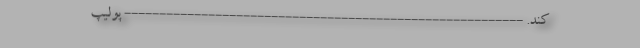
کند. --------------------------------------------------------- پولیپ